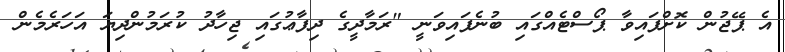
އެ ޕޭޖުން ކޮށްފައިވާ ޕޯސްޓެއްގައި ބުނެފައިވަނީ "ރަމާދީގެ ދިފާޢުގައި ޖިހާދު ކުރަމުންދިޔަ އަހަރެމެން